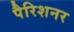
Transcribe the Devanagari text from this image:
पैरिशनर